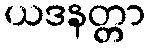
ယဒနတ္တာ